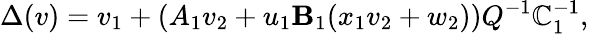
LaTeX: \Delta(v)=v_{1}+(A_{1}v_{2}+u_{1}\mathbf{B}_{1}(x_{1}v_{2}+w_{2}))Q^{-1}\mathbb{C}_{1}^{-1},